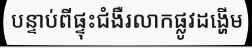
បន្ទាប់ពីផ្ទុះជំងឺរលាកផ្លូវដង្ហើម